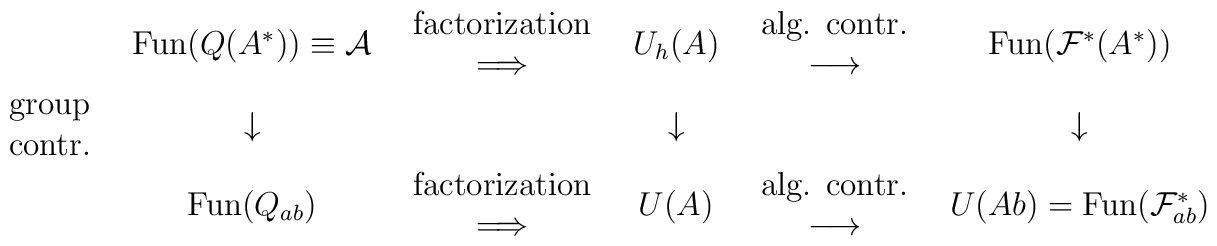
\begin{array}{lccccc}& \mbox{Fun}(Q(A^*)) \equiv {\cal A} &\begin{array}{c}     \mbox{factorization} \\     \Longrightarrow \end{array} & U_h(A) &\begin{array}{c}     \mbox{alg. contr.} \\     \longrightarrow \end{array} & \mbox{Fun}({\cal F}^*(A^*)) \\  \begin{array}{c}  \mbox{group} \\  \mbox{contr.}  \end{array}  &  \downarrow &  &  \downarrow &  &  \downarrow \\& \mbox{Fun}(Q_{ab}) &\begin{array}{c}     \mbox{factorization} \\     \Longrightarrow \end{array} & U(A) &\begin{array}{c}     \mbox{alg. contr.} \\     \longrightarrow \end{array} & U(Ab)= \mbox{Fun} ({\cal F}^*_{ab} ) \end{array}